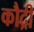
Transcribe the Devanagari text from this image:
कौद्री